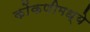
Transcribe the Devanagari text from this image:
कोंकणीमध्ये